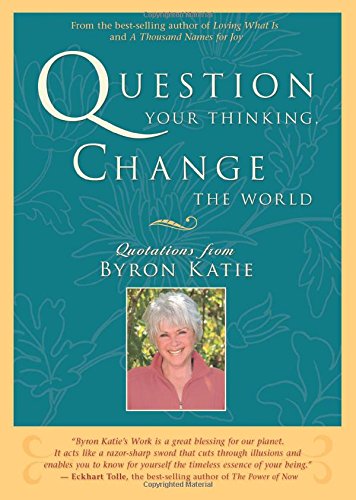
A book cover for Question Your Thinking, Change The World: Quotations from Byron Katie; Byron Katie; Reference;